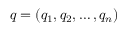
q = ( q _ { 1 } , q _ { 2 } , \ldots , q _ { n } )